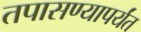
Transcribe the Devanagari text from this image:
तपासण्यापर्यंत